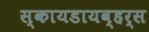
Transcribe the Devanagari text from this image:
स्कायडायव्हर्स